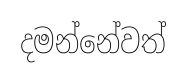
දමන්නේවත්